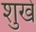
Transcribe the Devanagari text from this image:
शुखे